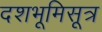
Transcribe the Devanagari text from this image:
दशभूमिसूत्र